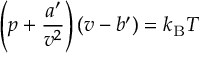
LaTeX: \left( p + { \frac { a ^ { \prime } } { v ^ { 2 } } } \right) \left( v - b ^ { \prime } \right) = k _ { \mathrm { B } } T